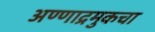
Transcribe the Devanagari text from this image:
अण्णाद्रमुकचा